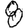
Digit: 8